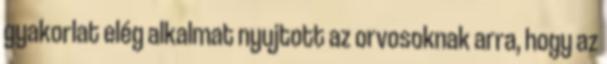
gyakorlat elég alkalmat nyujtott az orvosoknak arra, hogy az